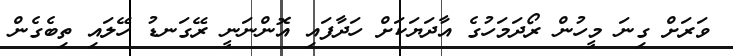
ވަރަށް ގިނަ މީހުން ރޯދަމަހުގެ އާދަޔަކަށް ހަދާފައި އޮންނަނީ ރޭގަނޑު ހޭލައި ތިބެގެން